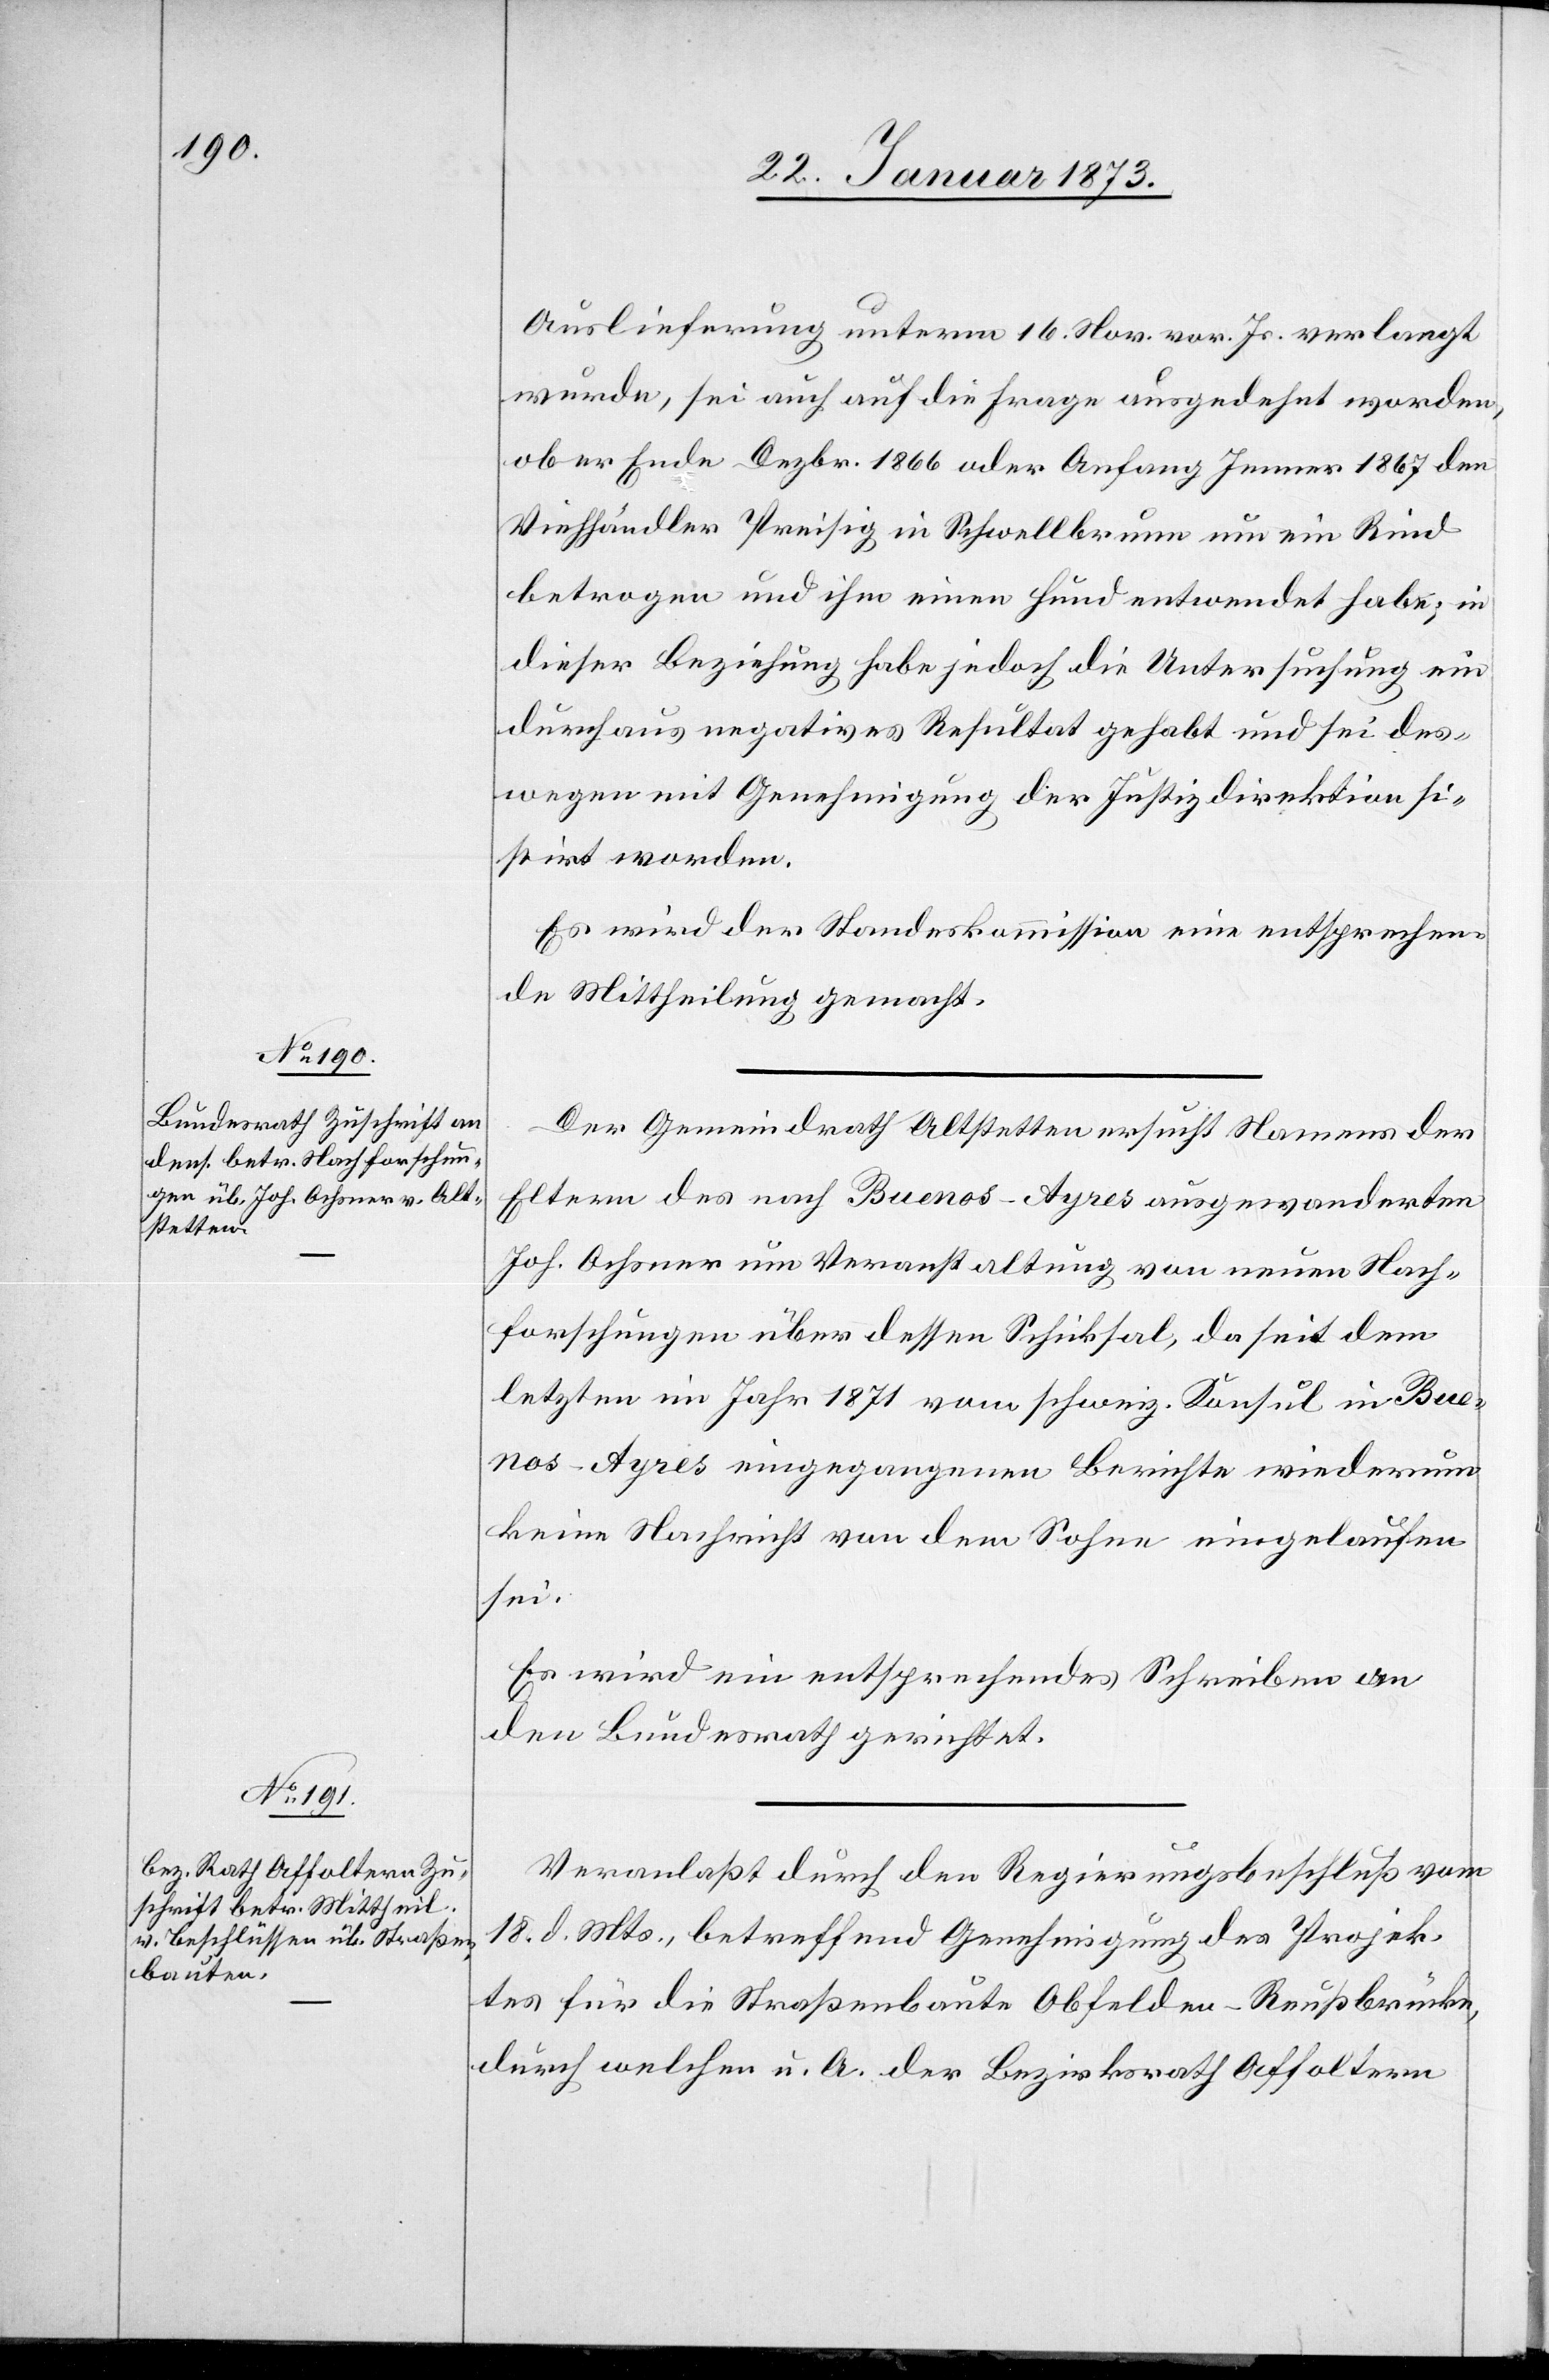
24. Januar 1873.]
Auslieferung unterm 16. Nov. vor. Js. verlangt
wurde, sei auch auf die Frage ausgedehnt worden,
ob er Ende Dezbr. 1866 oder Anfang Jenner 1867 den
Viehhändler Preisig in Schwellbrunn um ein Rind
betrogen und ihm einen Hund entwendet habe; in
dieser Beziehung habe jedoch die Untersuchung ein
durchaus negatives Resultat gehabt und sei des¬
wegen mit Genehmigung der Justizdirektion si¬
stirt worden.
Es wird der Standeskommission eine entsprechen¬
de Mittheilung gemacht.
Der Gemeindrath Altstetten ersucht Namens der
Eltern des nach Buenos-Ayres ausgewanderten
Joh. Ochsner um Veranstaltung von neuen Nach¬
forschungen über dessen Schicksal, da seit dem
letzten im Jahr 1871 vom schweiz. Konsul in Bue¬
nos-Ayres eingegangenen Berichte wiederum
keine Nachricht von dem Sohne eingelaufen
sei.
Es wird ein entsprechendes Schreiben an
den Bundesrath gerichtet.
Veranlaßt durch den Regierungsbeschluß vom
18. d. Mts., betreffend Genehmigung des Projek¬
tes für die Straßenbaute Obfelden–Reußbrücke,
durch welchen u. A. der Bezirksrath Affoltern